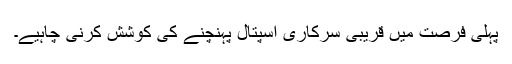
پہلی فرصت میں قریبی سرکاری اسپتال پہنچنے کی کوشش کرنی چاہیے۔